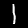
Label: 1